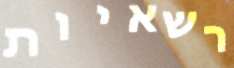
רשאיות